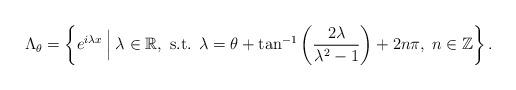
LaTeX: \begin{align*}\Lambda_{\theta}=\left\{ e^{i\lambda x}\:\Big|\:\lambda\in\mathbb{R},\mbox{ s.t. }\lambda=\theta+\tan^{-1}\left(\frac{2\lambda}{\lambda^{2}-1}\right)+2n\pi,\; n\in\mathbb{Z}\right\} .\end{align*}